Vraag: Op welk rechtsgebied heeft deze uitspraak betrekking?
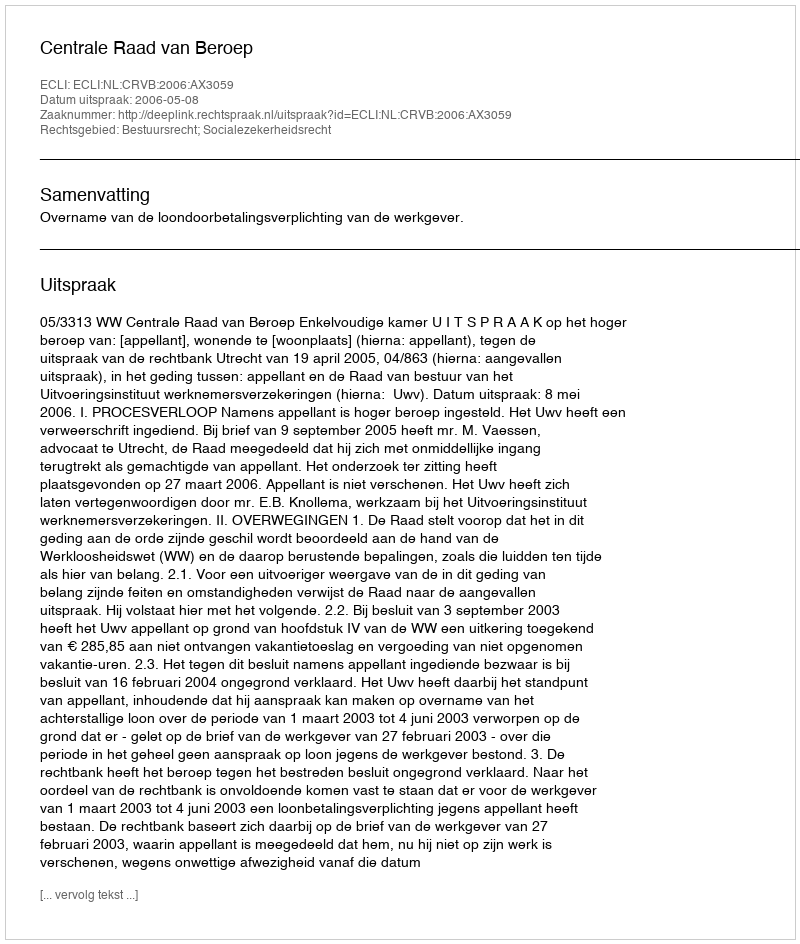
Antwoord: Bestuursrecht; Socialezekerheidsrecht